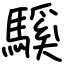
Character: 騱